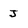
Character: J